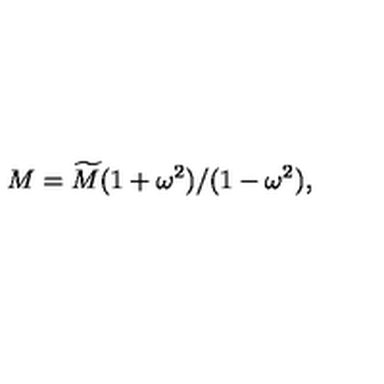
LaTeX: M = \widetilde { M } ( 1 + \omega ^ { 2 } ) / ( 1 - \omega ^ { 2 } ) ,